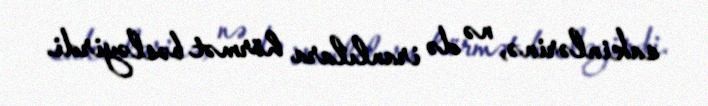
sakinlərinə, nə də iranlılara hörmət bəsləyirdi.